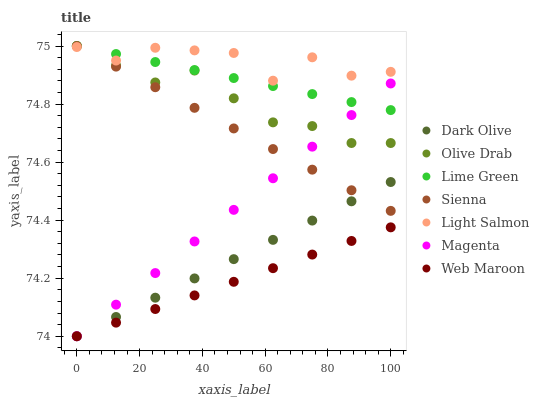
| xaxis_label | Dark Olive | Olive Drab | Lime Green | Sienna | Light Salmon | Magenta | Web Maroon |
 | --- | --- | --- | --- | --- | --- | --- | --- |
 | 0 | 74 | 75 | 75 | 75 | 75 | 74 | 74 |
 | 12.5 | 74.1 | 74.9 | 75 | 74.9 | 74.9 | 74.1 | 74 |
 | 25 | 74.1 | 74.9 | 74.9 | 74.9 | 75 | 74.2 | 74.1 |
 | 37.5 | 74.2 | 74.9 | 74.9 | 74.8 | 75 | 74.3 | 74.1 |
 | 50 | 74.3 | 74.8 | 74.9 | 74.7 | 75 | 74.4 | 74.2 |
 | 62.5 | 74.3 | 74.7 | 74.9 | 74.6 | 74.9 | 74.5 | 74.2 |
 | 75 | 74.4 | 74.7 | 74.8 | 74.6 | 75 | 74.7 | 74.3 |
 | 87.5 | 74.5 | 74.7 | 74.8 | 74.5 | 74.9 | 74.8 | 74.3 |
 | 100 | 74.5 | 74.7 | 74.8 | 74.4 | 74.9 | 74.9 | 74.4 |